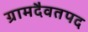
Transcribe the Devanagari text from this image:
ग्रामदैवतपद